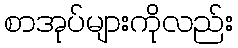
စာအုပ်များကိုလည်း